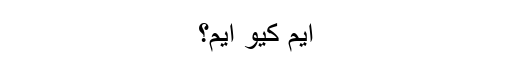
ایم کیو ایم؟